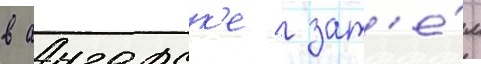
в ангарск'е / зат'е́м